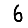
Digit: 6